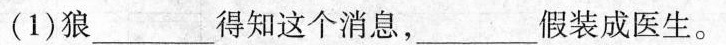
(1)狼___得知这个消息，___假装成医生。